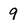
Character: 9